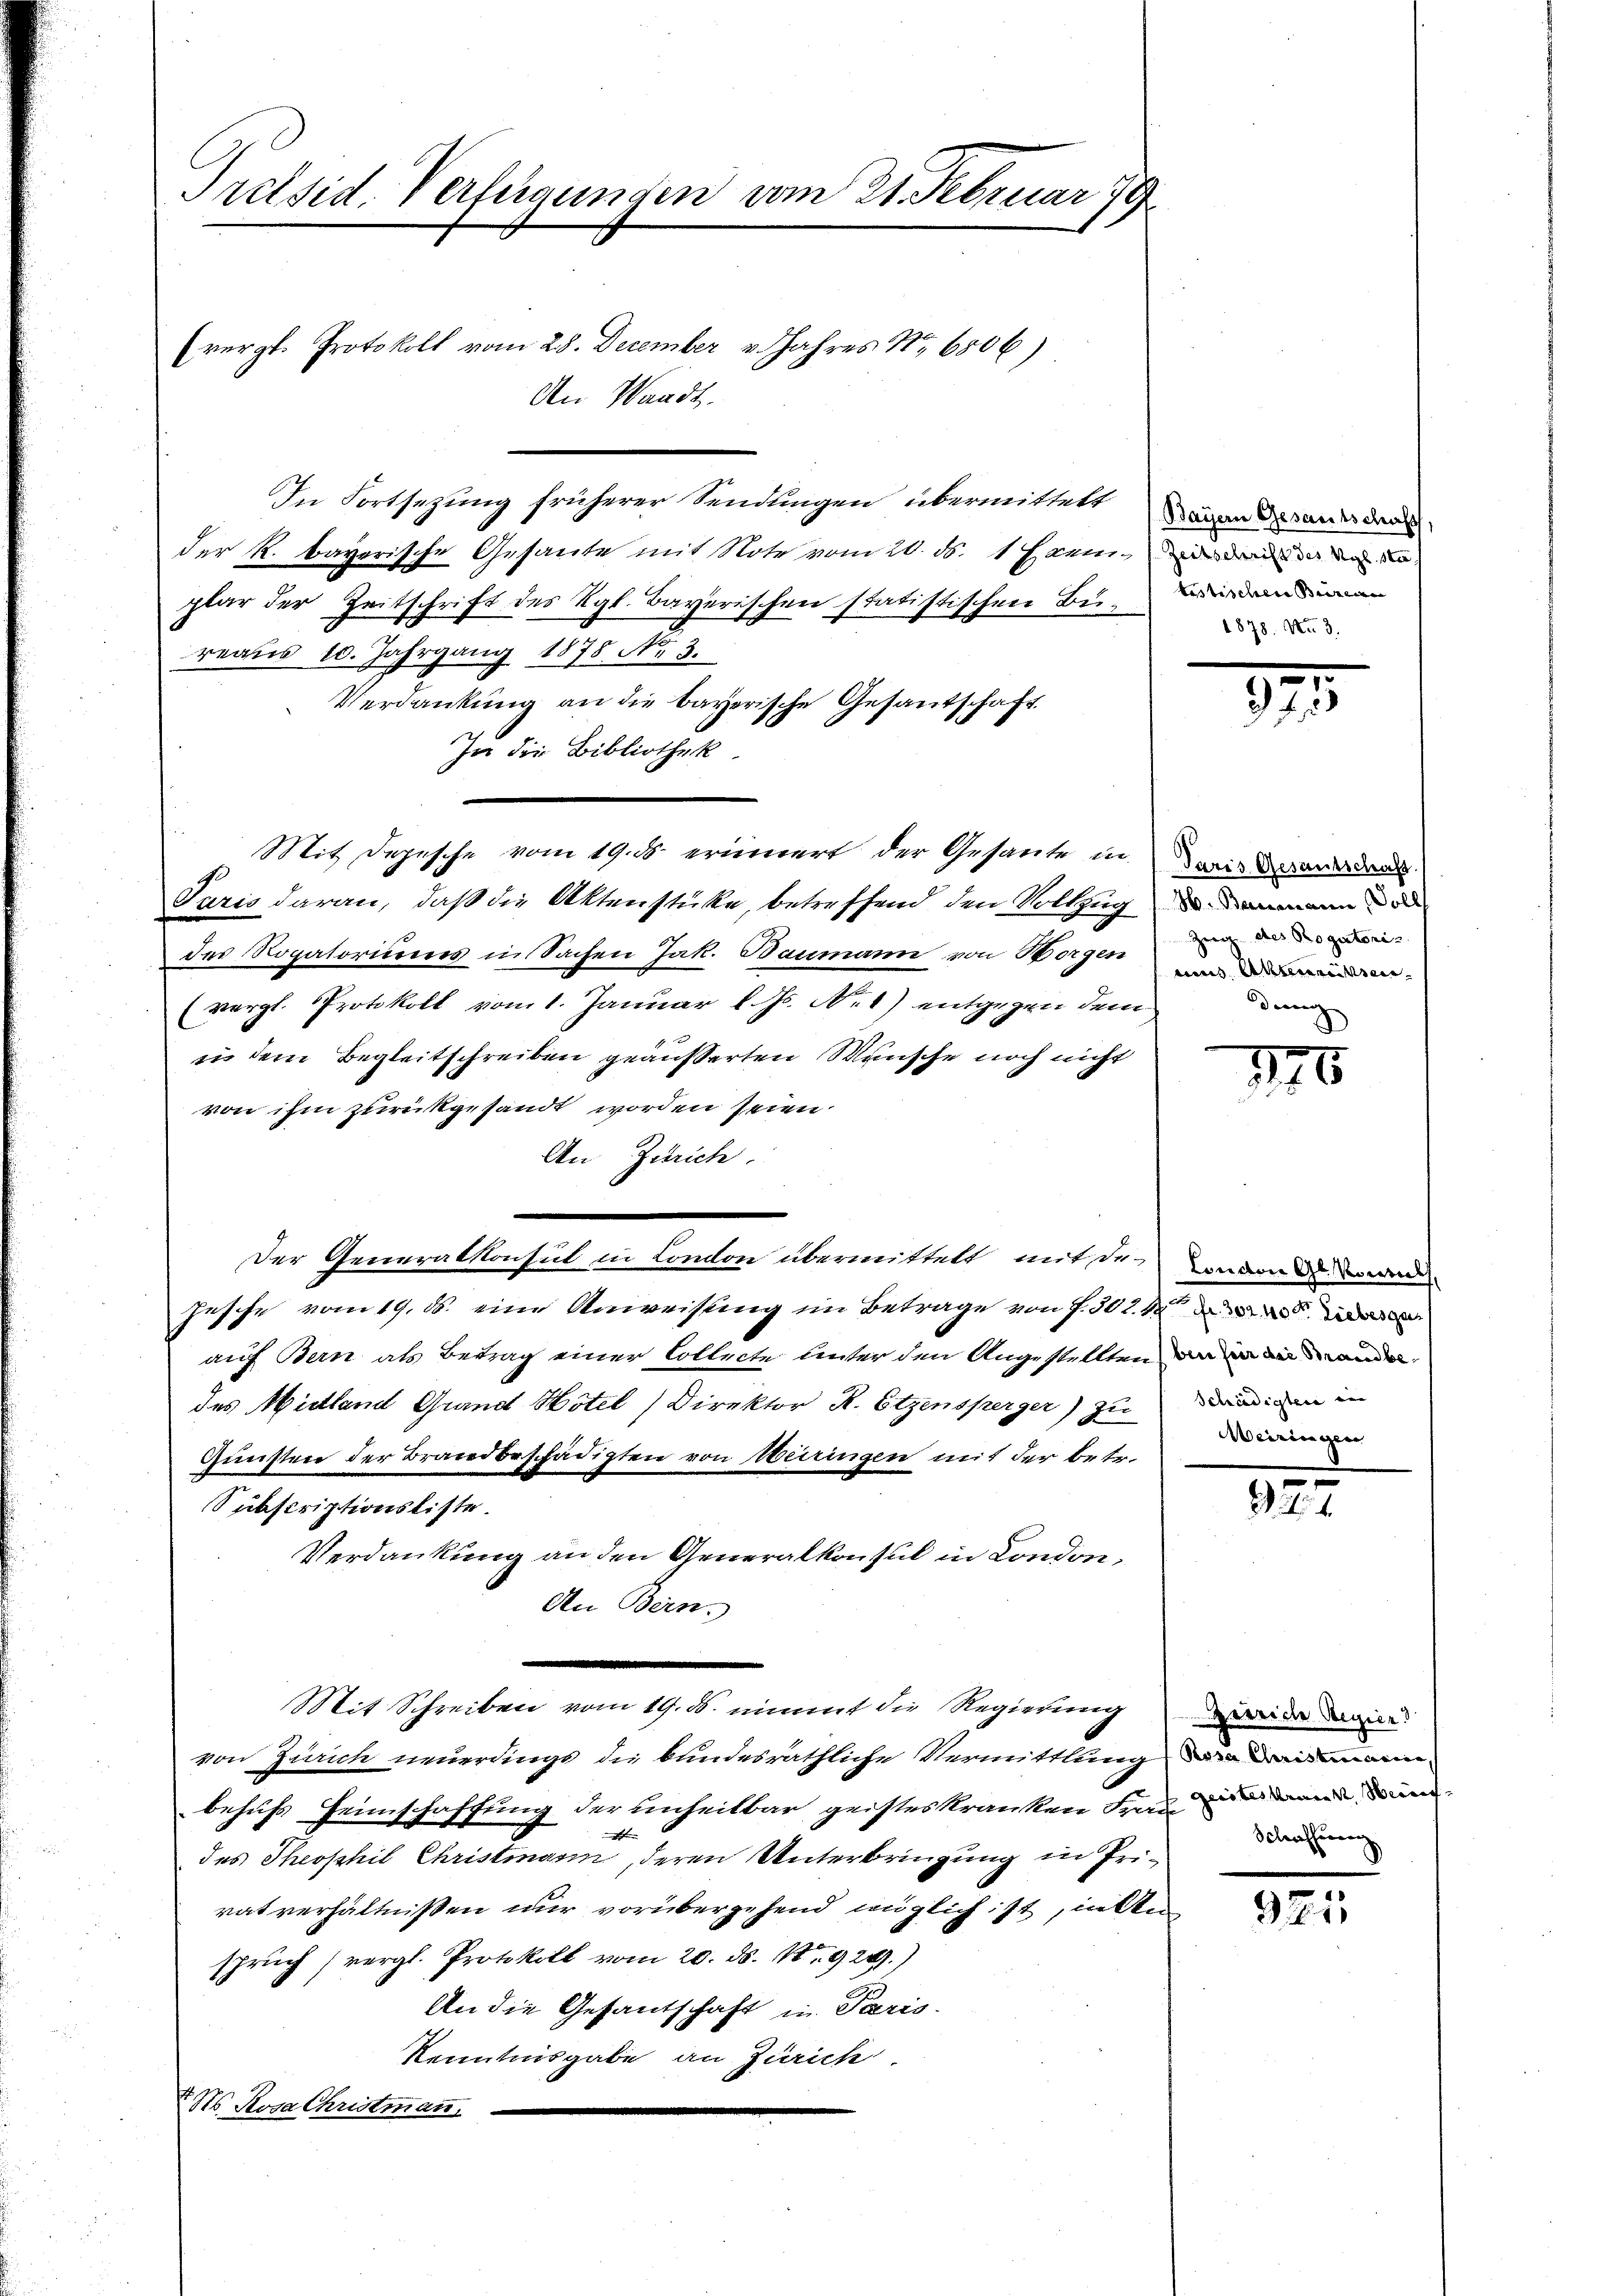
Pretsid. Verfügunden vom 21. Februar 179
(vergl. Protokoll vom 28. December v. Jahres No 6806)
An Waadt.

In Fortsezung früherer Sendlingen übermittelt und andes den
der R. bayerische Gesante mit Note vom 20. ds. 1 l Wei
plar der Zeitschrift des Kgl. Bayerischen statistischen Bei-Landman
reaus 10. Jahrgang 1878 No 3.
Verdankung an die bayerische Gesandschaft
In die Bibliothek.
Mit Depesche vom 19. ds. erinnert der Gesante in wird an den
Paris daran, daß die Aktenstüke, betreffend den Vollzug dann de
des Rogatoriums in Sachen Jak. Baumann von Borgen
(vergl. Protokoll vom 1. Januar l. Js. No 1) entgegen dem
in dem Begleitschreiben geäusserten Wünsche noch nicht
von ihm zurückgesandt worden seien.
An Zürich.
Der Generalkonsul in London übermittelt mit den Londones wen
Jesche vom 19. d. eine Anweisung im Betrage von f. 30 l. M
auf Bern als Betrag einer Collecte unter den Angestellten der ander
des Mittland Grand Hotel) Direktor K. Etzensperger) zu andigen in
Gunstere der Brandbeschädigten von Weiringen mit der betr.
Subscriptionsliste.
Verdankung an den Generalkonsul in Condon,
An Bern.
Mit Schreiben vom 19. ds. nimmt die Regierung
von Zürich neuerdings die bundesräthliche Vermittlung in
behufs Heimschaffung der unheitbar geisteskranken Frau um den
e
des Theophil Christmann, deren Unterbringung in Privatverhältnissen nur vorübergehend wüglich ist, inden
spruch (vergl. Protokoll vom 20. ds. 1924.)
An die Gesantschaft in Paris.
Kenntnisgabe an Zürich
Ns. Rosa Christmann,

1878. No. 3.

.
343

Zweig des Progatori
drung

876

Weiringen

927.

Gerriche Regier
Schriffereng

925